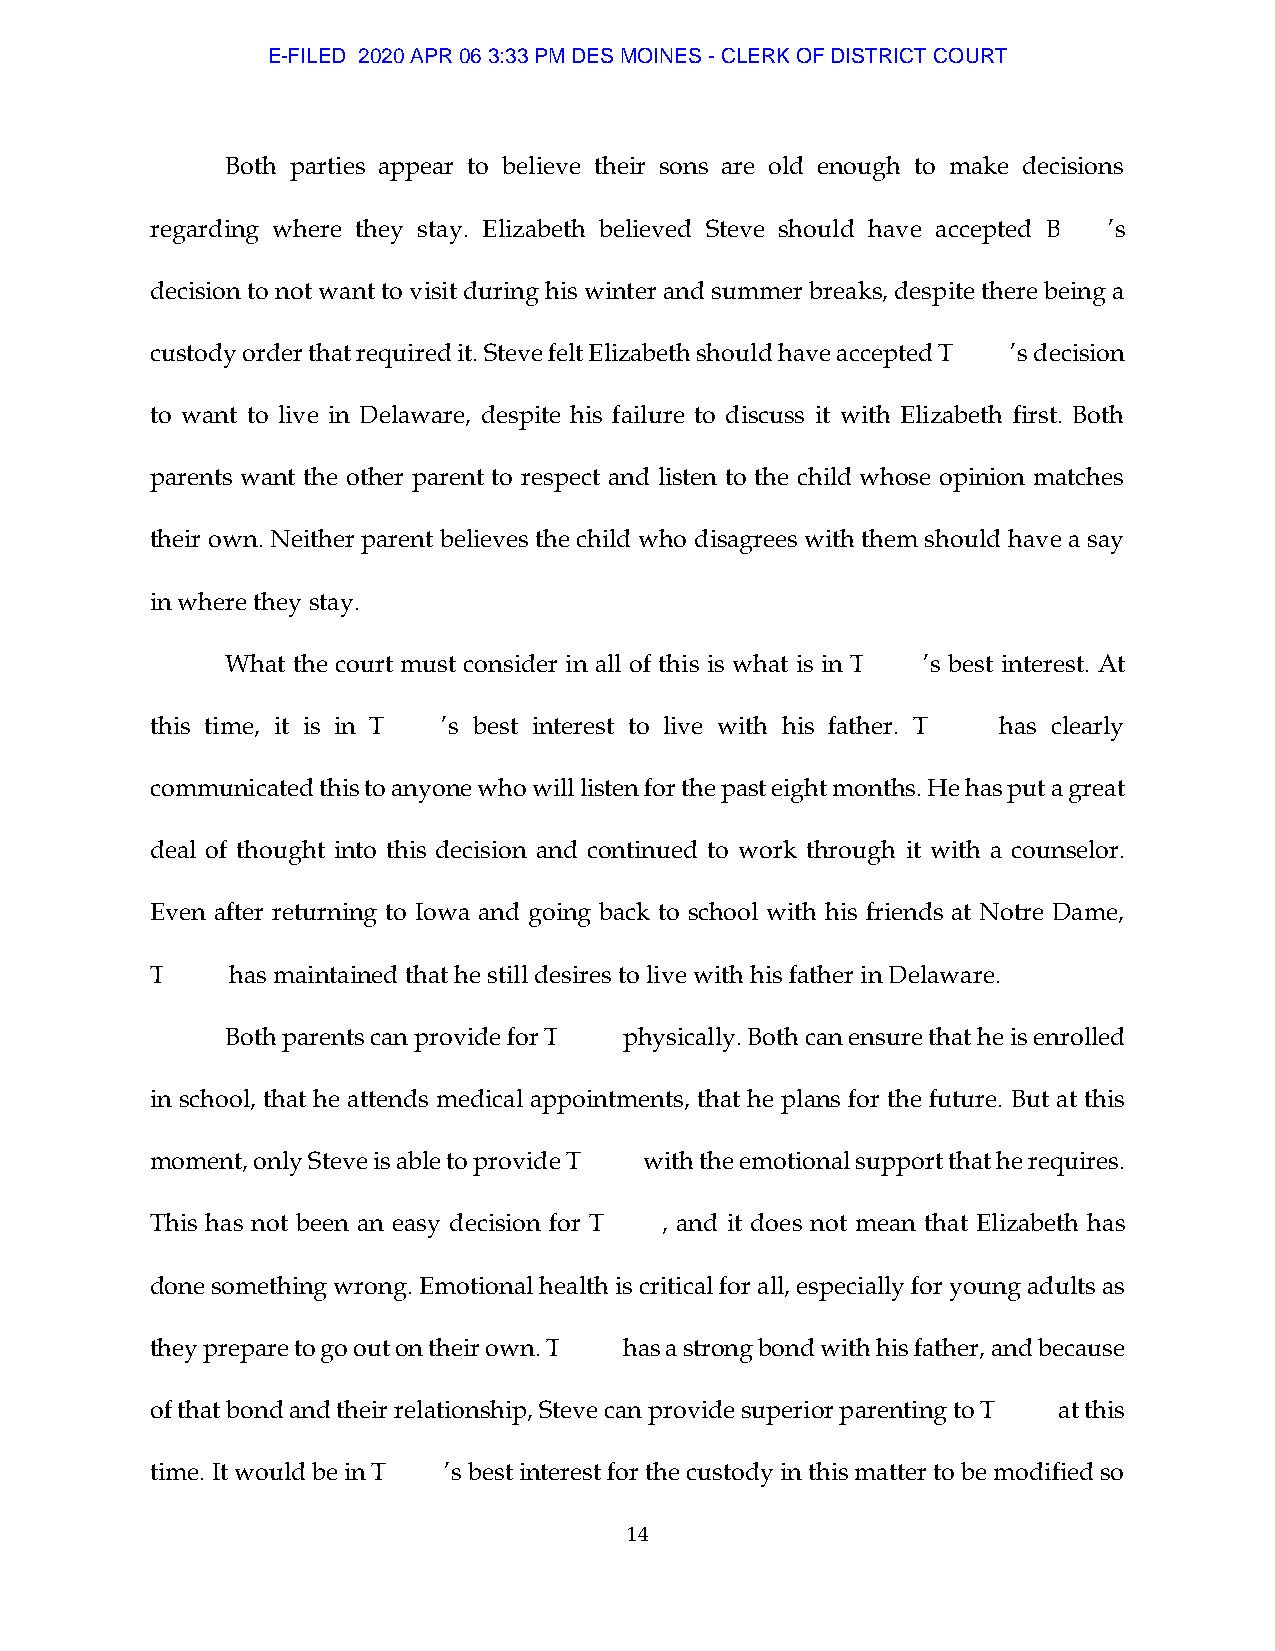
E-FILED 2020 APR 06 3:33 PM DES MOINES - CLERK OF DISTRICT COURT
 Both parties appear to believe their sons are old enough to make decisions
 regarding where they stay. Elizabeth believed Steve should have accepted B ’s
 decision to not want to visit during his winter and summer breaks, despite there being a
 custody order that required it. Steve felt Elizabeth should have accepted T ’s decision
 to want to live in Delaware, despite his failure to discuss it with Elizabeth first. Both
 parents want the other parent to respect and listen to the child whose opinion matches
 their own. Neither parent believes the child who disagrees with them should have a say
 in where they stay.
 What the court must consider in all of this is what is in T ’s best interest. At
 this time, it is in T ’s best interest to live with his father. T has clearly
 communicated this to anyone who will listen for the past eight months. He has put a great
 deal of thought into this decision and continued to work through it with a counselor.
 Even after returning to Iowa and going back to school with his friends at Notre Dame,
 T    has maintained that he still desires to live with his father in Delaware.
 Both parents can provide for T physically. Both can ensure that he is enrolled
 in school, that he attends medical appointments, that he plans for the future. But at this
 moment, only Steve is able to provide T with the emotional support that he requires.
 This has not been an easy decision for T , and it does not mean that Elizabeth has
 done something wrong. Emotional health is critical for all, especially for young adults as
 they prepare to go out on their own. T has a strong bond with his father, and because
 of that bond and their relationship, Steve can provide superior parenting to T at this
 time. It would be in T ’s best interest for the custody in this matter to be modified so
 14